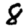
Digit: 8